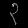
Digit: ၃